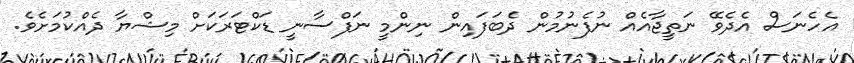
އެހެނަސް އެދެވޭ ނަތީޖާއެއް ނުފެނުމުން ދެބަފައިން ނިންމީ ނަފްސާނީ ޑަކްޓަރަކަށް މިޝްޔާ ދެއްކުމަށެވެ.